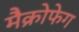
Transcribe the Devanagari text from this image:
मैक्रोफेग